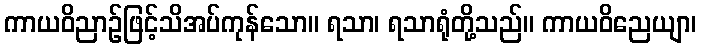
ကာယဝိညာဉ်ဖြင့်သိအပ်ကုန်သော။ ရသာ၊ ရသာရုံတို့သည်။ ကာယဝိညေယျာ၊